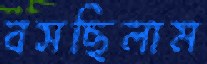
বসছিলাম